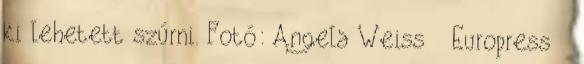
ki lehetett szúrni. Fotó: Angela Weiss Europress